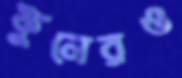
ফুলেরও